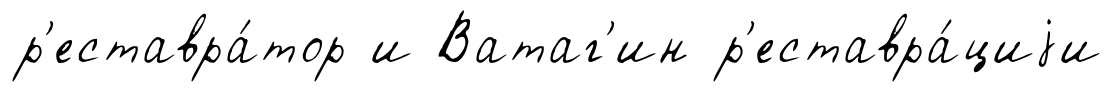
р'еставра́тор и Ватаг'ин р'еставра́циjи